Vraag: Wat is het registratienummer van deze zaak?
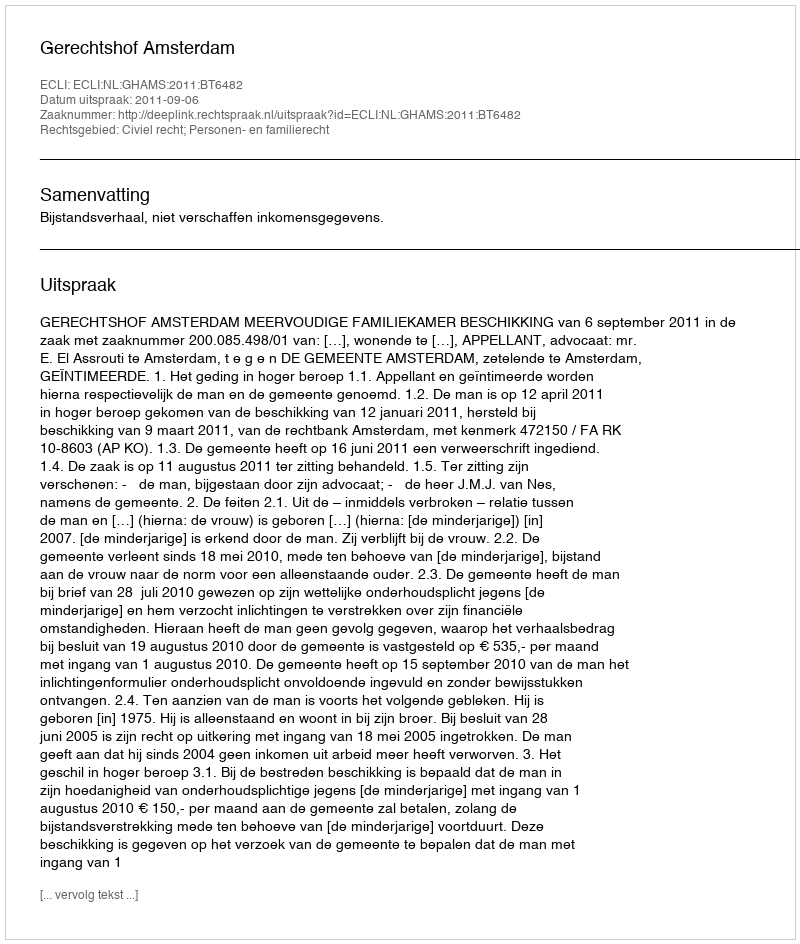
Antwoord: http://deeplink.rechtspraak.nl/uitspraak?id=ECLI:NL:GHAMS:2011:BT6482